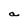
Character: a